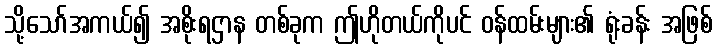
သို့သော်အကယ်၍ အစိုးရဌာန တစ်ခုက ဤဟိုတယ်ကိုပင် ဝန်ထမ်းများ၏ ရုံးခန်း အဖြစ်